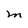
Character: M